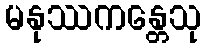
မနုဿကန္တေသု